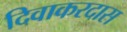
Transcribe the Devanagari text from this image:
दिवाकरदास